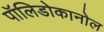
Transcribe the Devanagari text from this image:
पॉलिडोकानोल